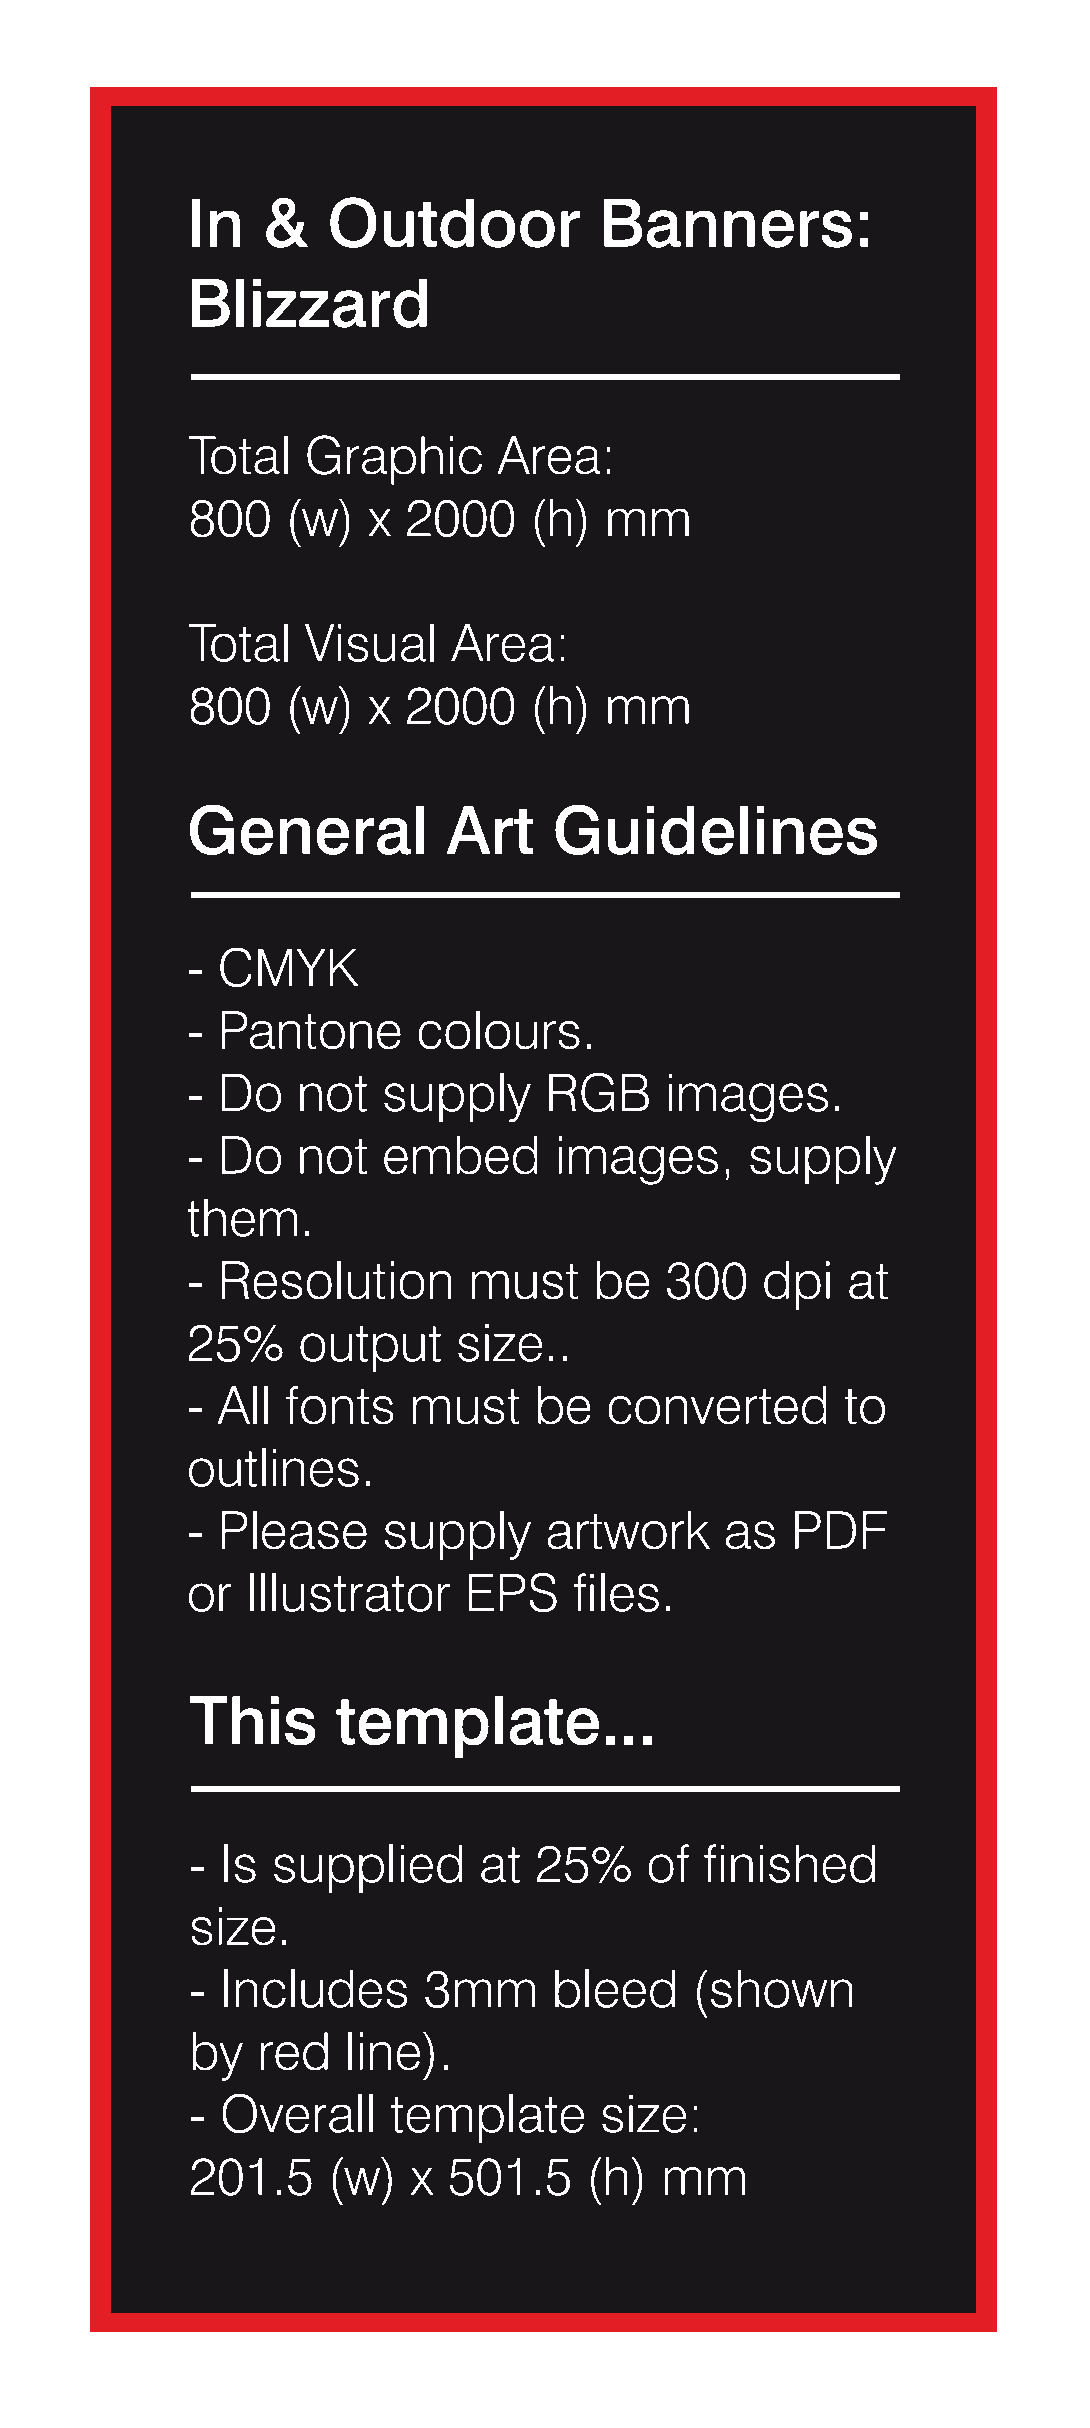
In   &    Outdoor           Banners:
 Blizzard
 Total   Graphic      Area:
 800    (w)  x  2000    (h)  mm
 Total   Visual    Area:
 800    (w)  x  2000    (h)  mm
 General           Art    Guidelines
 - CMYK
 - Pantone       colours.
 - Do    not  supply     RGB     images.
 - Do    not  embed       images,      supply
 them.
 - Resolution       must    be   300   dpi   at
 25%     output    size..
 - All  fonts   must    be   converted       to
 outlines.
 - Please     supply     artwork     as  PDF
 or  Illustrator    EPS    files.
 This     template...
 - Is supplied      at 25%     of  finished
 size.
 - Includes     3mm      bleed    (shown
 by  red   line).
 - Overall    template      size:
 201.5    (w)  x  501.5    (h)  mm